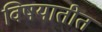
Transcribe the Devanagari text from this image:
विषयातीत